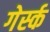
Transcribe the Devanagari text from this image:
गेर्स्क